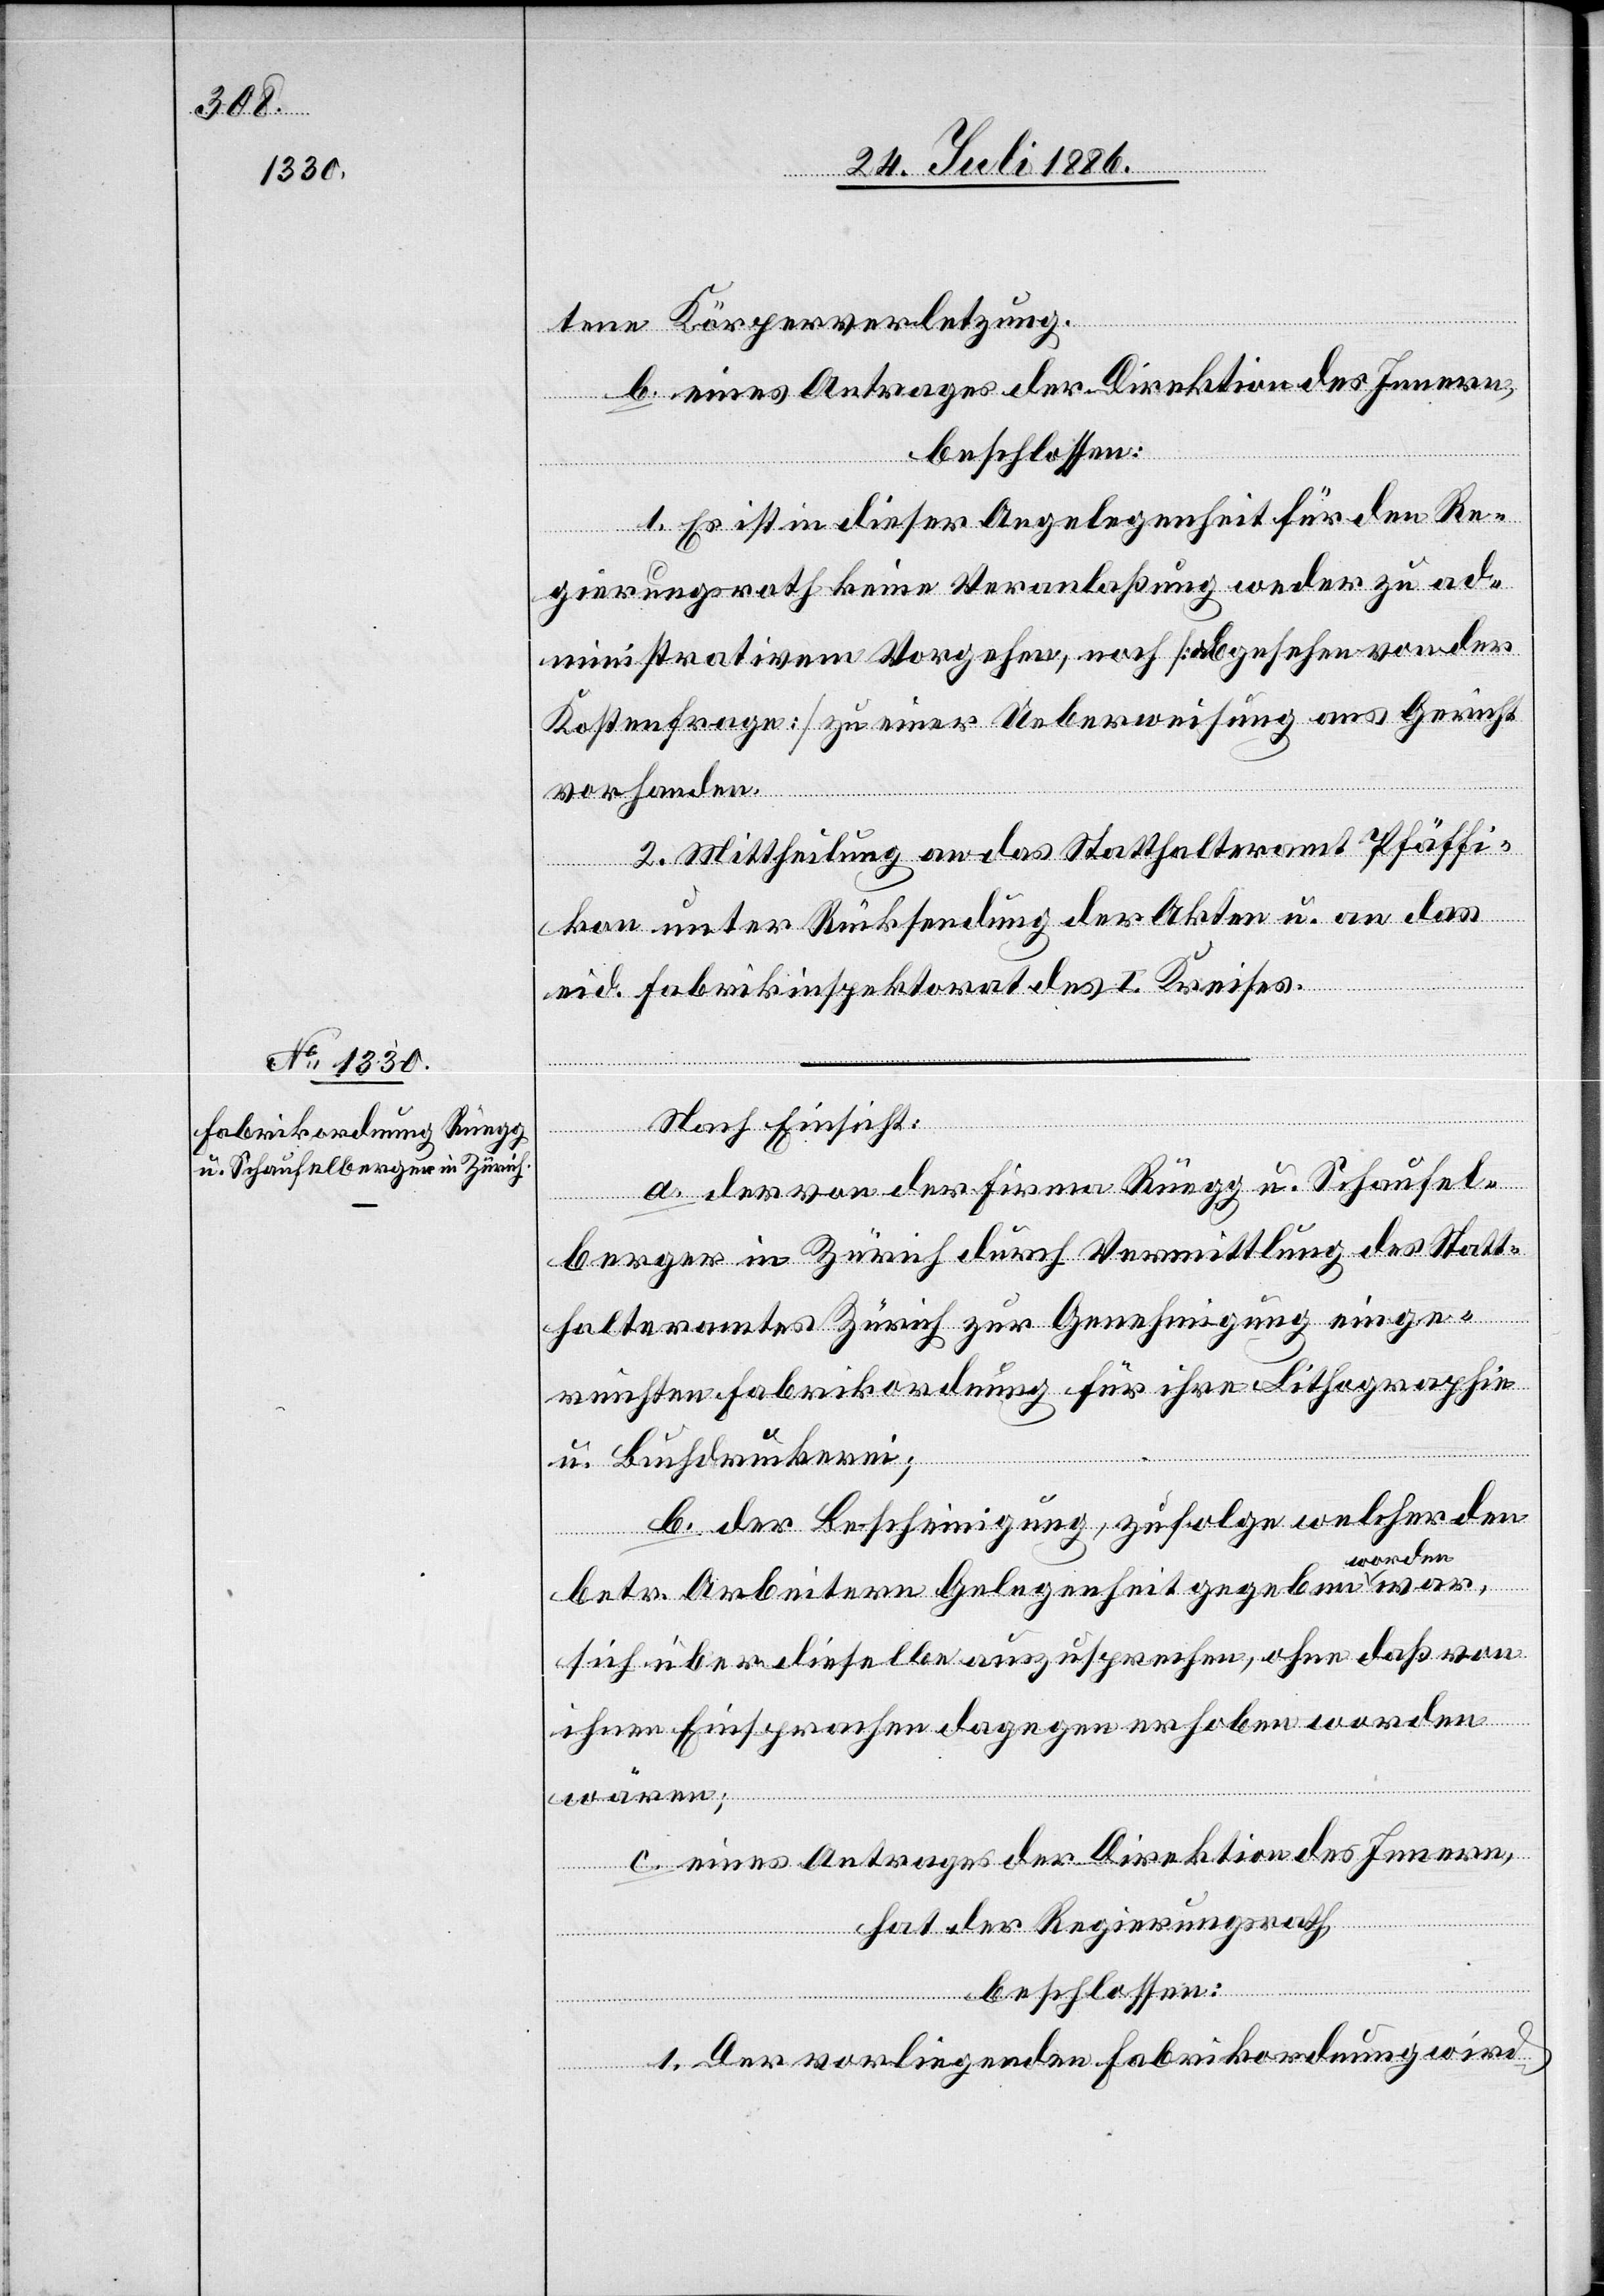
tene Körperverletzung.
b. eines Antrages der Direktion des Innern,
beschlossen:
1. Es ist in dieser Angelegenheit für den Re¬
gierungsrath keine Veranlaßung weder zu ad¬
ministrativem Vorgehen, noch [abgesehen von der
Kostenfrage] zu einer Ueberweisung ans Gericht
vorhanden.
2. Mittheilung an das Statthalteramt Pfäffi¬
kon unter Rücksendung der Akten u. an das
eid. Fabrikinspektorat des I. Kreises.
war,
Nach Einsicht:
wären;
a. der von der Firma Rüegg u. Schaufel¬
berger in Zürich durch Vermittlung des Statt¬
halteramtes Zürich zur Genehmigung einge¬
reichten Fabrikordnung für ihre Lithographie
u. Buchdruckerei;
b. der Bescheinigung, zufolge welcher den
betr. Arbeitern Gelegenheit gegeben wor¬
sich über dieselbe auszusprechen, ohne daß von
einen Einsprachen dagegen erhoben worden
c. eines Antrages der Direktion des Innern,
hat der Regierungsrath,
1. Der vorliegenden Fabrikordnung wird